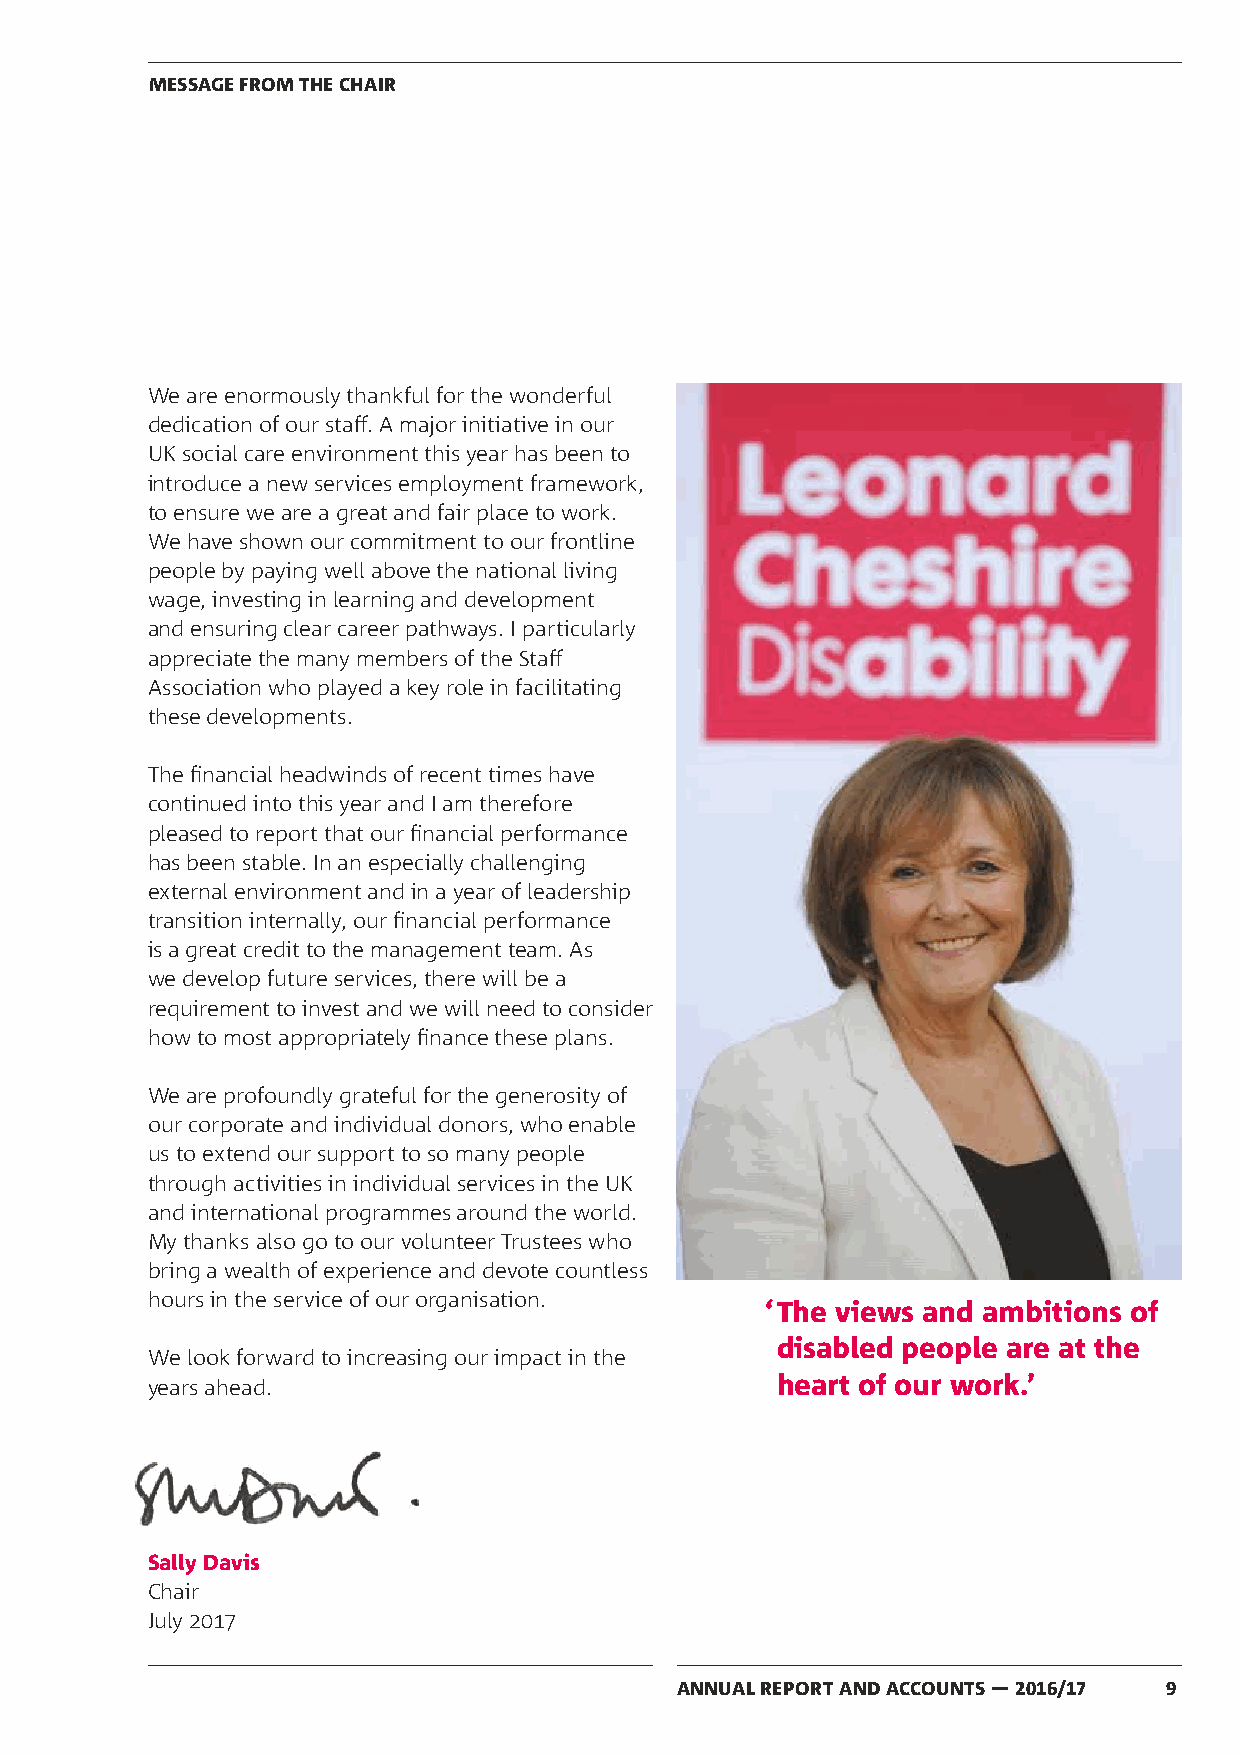
MESSAGE FROM THE CHAIR
 We are enormously thankful for the wonderful
 dedication of our staff. A major initiative in our
 UK social care environment this year has been to
 introduce a new services employment framework,
 to ensure we are a great and fair place to work.
 We have shown our commitment to our frontline
 people by paying well above the national living
 wage, investing in learning and development
 and ensuring clear career pathways. I particularly
 appreciate the many members of the Staff
 Association who played a key role in facilitating
 these developments.
 The financial headwinds of recent times have
 continued into this year and I am therefore
 pleased to report that our financial performance
 has been stable. In an especially challenging
 external environment and in a year of leadership
 transition internally, our financial performance
 is a great credit to the management team. As
 we develop future services, there will be a
 requirement to invest and we will need to consider
 how to most appropriately finance these plans.
 We are profoundly grateful for the generosity of
 our corporate and individual donors, who enable
 us to extend our support to so many people
 through activities in individual services in the UK
 and international programmes around the world.
 My thanks also go to our volunteer Trustees who
 bring a wealth of experience and devote countless
 hours in the service of our organisation.
 ‘ The views and ambitions of
 disabled people are at the
 We look forward to increasing our impact in the
 years ahead.                             heart of our work.’
 Sally Davis
 Chair
 July 2017
 ANNUAL REPORT AND ACCOUNTS — 2016/17 9